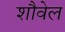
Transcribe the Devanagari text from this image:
शौवेल